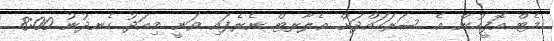
މެޓް އޮފީހުން އެ ސަރަހައްދަށް އެލާރޓް ނެރެފައި ވަނީ މިއަދު ހެނދުނު 8:00